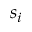
s _ { i }